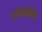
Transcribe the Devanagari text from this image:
वरेक्सहैम